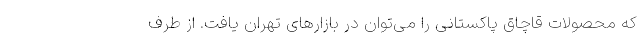
که محصولات قاچاق پاکستانی را می‌توان در بازارهای تهران یافت. از طرف